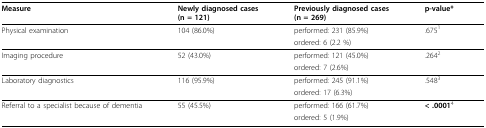
<table><thead><tr><td><b>Measure</b></td><td><b>Newly diagnosed cases(n = 121)</b></td><td><b>Previously diagnosed cases(n = 269)</b></td><td><b>p-value*</b></td></tr></thead><tbody><tr><td>Physical examination</td><td>104 (86.0%)</td><td>performed: 231 (85.9%)</td><td>.675<sup>1</sup></td></tr><tr><td></td><td></td><td>ordered: 6 (2.2 %)</td><td></td></tr><tr><td>Imaging procedure</td><td>52 (43.0%)</td><td>performed: 121 (45.0%)</td><td>.264<sup>2</sup></td></tr><tr><td></td><td></td><td>ordered: 7 (2.6%)</td><td></td></tr><tr><td>Laboratory diagnostics</td><td>116 (95.9%)</td><td>performed: 245 (91.1%)</td><td>.548<sup>3</sup></td></tr><tr><td></td><td></td><td>ordered: 17 (6.3%)</td><td></td></tr><tr><td>Referral to a specialist because of dementia</td><td>55 (45.5%)</td><td>performed: 166 (61.7%)</td><td><b>&lt; .0001</b><sup>4</sup></td></tr><tr><td></td><td></td><td>ordered: 5 (1.9%)</td><td></td></tr></tbody></table>